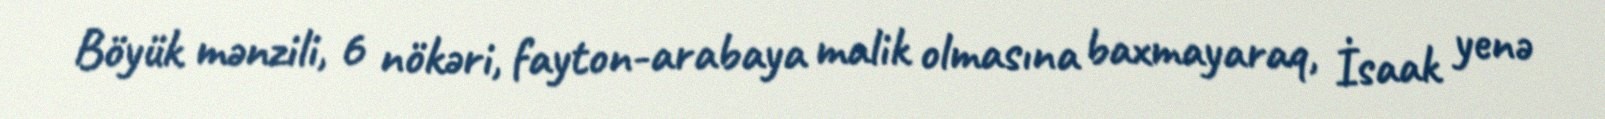
Böyük mənzili, 6 nökəri, fayton-arabaya malik olmasına baxmayaraq, İsaak yenə